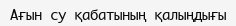
Ағын су қабатының қалыңдығы